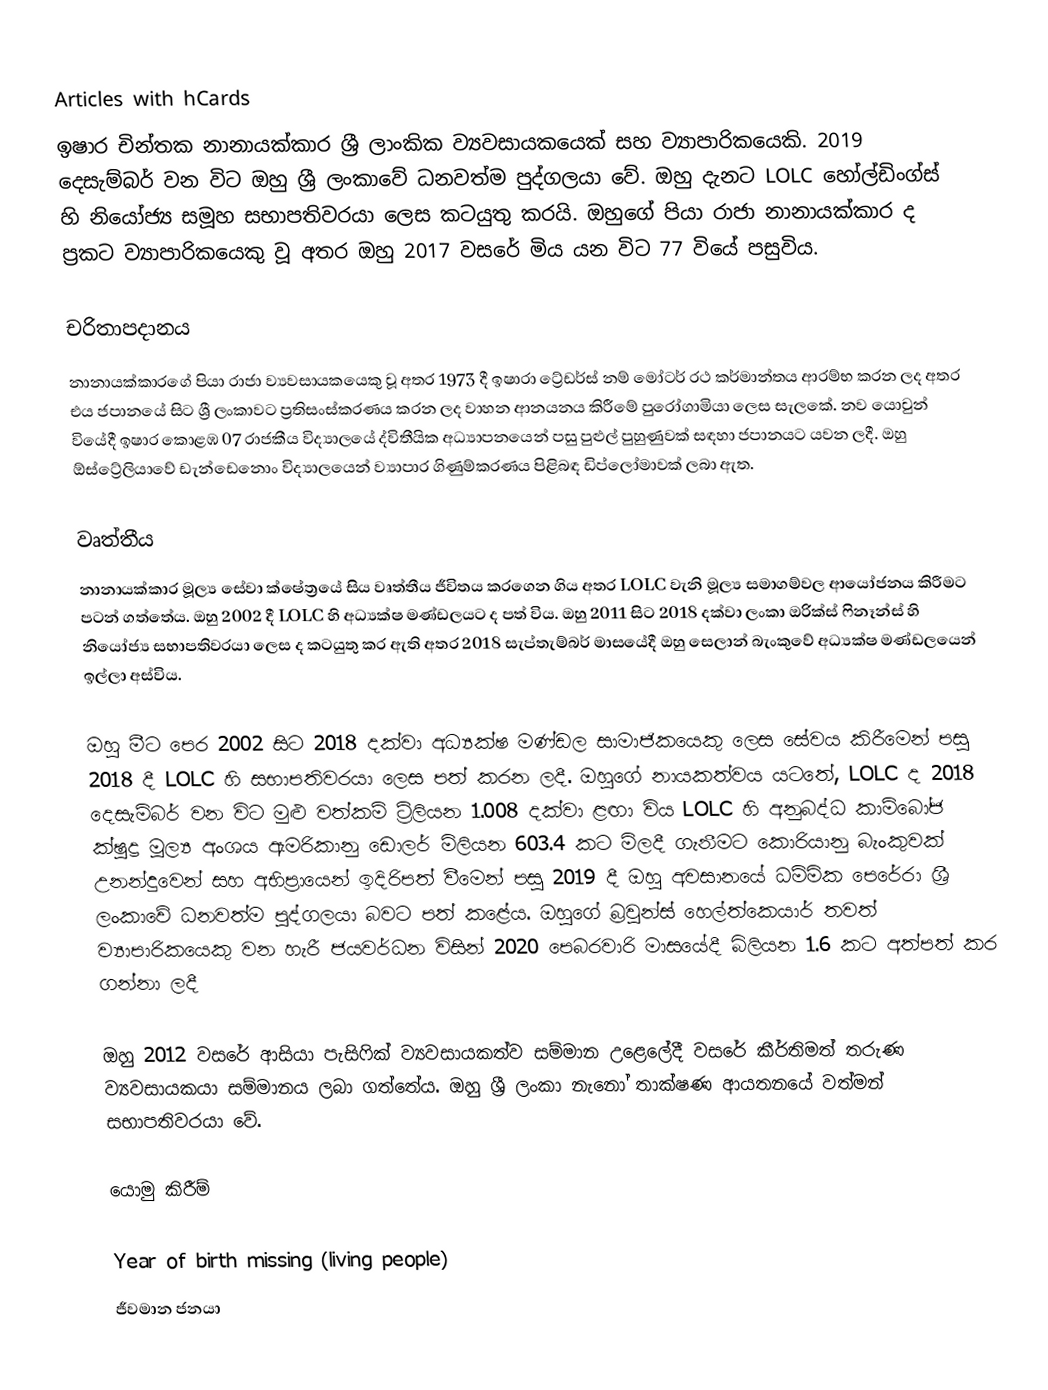
Articles with hCards
ඉෂාර චින්තක නානායක්කාර ශ්‍රී ලාංකික ව්‍යවසායකයෙක් සහ ව්‍යාපාරිකයෙකි. 2019 දෙසැම්බර් වන විට ඔහු ශ්‍රී ලංකාවේ ධනවත්ම පුද්ගලයා වේ.  ඔහු දැනට LOLC හෝල්ඩිංග්ස් හි නියෝජ්‍ය සමූහ සභාපතිවරයා ලෙස කටයුතු කරයි.  ඔහුගේ පියා රාජා නානායක්කාර ද ප්‍රකට ව්‍යාපාරිකයෙකු වූ අතර ඔහු 2017 වසරේ මිය යන විට 77 වියේ පසුවිය.

චරිතාපදානය
නානායක්කාරගේ පියා රාජා ව්‍යවසායකයෙකු වූ අතර 1973 දී ඉෂාරා ට්‍රේඩර්ස් නම් මෝටර් රථ කර්මාන්තය ආරම්භ කරන ලද අතර එය ජපානයේ සිට ශ්‍රී ලංකාවට ප්‍රතිසංස්කරණය කරන ලද වාහන ආනයනය කිරීමේ පුරෝගාමියා ලෙස සැලකේ.  නව යොවුන් වියේදී ඉෂාර කොළඹ 07 රාජකීය විද්‍යාලයේ ද්විතීයික අධ්‍යාපනයෙන් පසු පුළුල් පුහුණුවක් සඳහා ජපානයට යවන ලදී. ඔහු ඕස්ට්‍රේලියාවේ ඩැන්ඩෙනොං විද්‍යාලයෙන් ව්‍යාපාර ගිණුම්කරණය පිළිබඳ ඩිප්ලෝමාවක් ලබා ඇත.

වෘත්තීය
නානායක්කාර මූල්‍ය සේවා ක්ෂේත්‍රයේ සිය වෘත්තීය ජීවිතය කරගෙන ගිය අතර LOLC වැනි මූල්‍ය සමාගම්වල ආයෝජනය කිරීමට පටන් ගත්තේය. ඔහු 2002 දී LOLC හි අධ්‍යක්ෂ මණ්ඩලයට ද පත් විය. ඔහු 2011 සිට 2018 දක්වා ලංකා ඔරික්ස් ෆිනෑන්ස් හි නියෝජ්‍ය සභාපතිවරයා ලෙස ද කටයුතු කර ඇති අතර  2018 සැප්තැම්බර් මාසයේදී ඔහු සෙලාන් බැංකුවේ අධ්‍යක්ෂ මණ්ඩලයෙන් ඉල්ලා අස්විය.

ඔහු මීට පෙර 2002 සිට 2018 දක්වා අධ්‍යක්ෂ මණ්ඩල සාමාජිකයෙකු ලෙස සේවය කිරීමෙන් පසු 2018 දී LOLC හි සභාපතිවරයා ලෙස පත් කරන ලදී. ඔහුගේ නායකත්වය යටතේ, LOLC ද 2018 දෙසැම්බර් වන විට මුළු වත්කම් ට්‍රිලියන 1.008 දක්වා ළඟා විය   LOLC හි අනුබද්ධ කාම්බෝජ ක්ෂුද්‍ර මූල්‍ය අංශය ඇමරිකානු ඩොලර් මිලියන 603.4 කට මිලදී ගැනීමට කොරියානු බැංකුවක් උනන්දුවෙන් සහ අභිප්‍රායෙන් ඉදිරිපත් වීමෙන් පසු 2019 දී ඔහු අවසානයේ ධම්මික පෙරේරා ශ්‍රී ලංකාවේ ධනවත්ම පුද්ගලයා බවට පත් කළේය.    ඔහුගේ බ්‍රවුන්ස් හෙල්ත්කෙයාර් තවත් ව්‍යාපාරිකයෙකු වන හැරී ජයවර්ධන විසින් 2020 පෙබරවාරි මාසයේදී බිලියන 1.6 කට අත්පත් කර ගන්නා ලදී

ඔහු 2012 වසරේ ආසියා පැසිෆික් ව්‍යවසායකත්ව සම්මාන උළෙලේදී වසරේ කීර්තිමත් තරුණ ව්‍යවසායකයා සම්මානය ලබා ගත්තේය. ඔහු ශ්‍රී ලංකා නැනෝ තාක්ෂණ ආයතනයේ වත්මන් සභාපතිවරයා වේ.

යොමු කිරීම්

Year of birth missing (living people)
ජීවමාන ජනයා